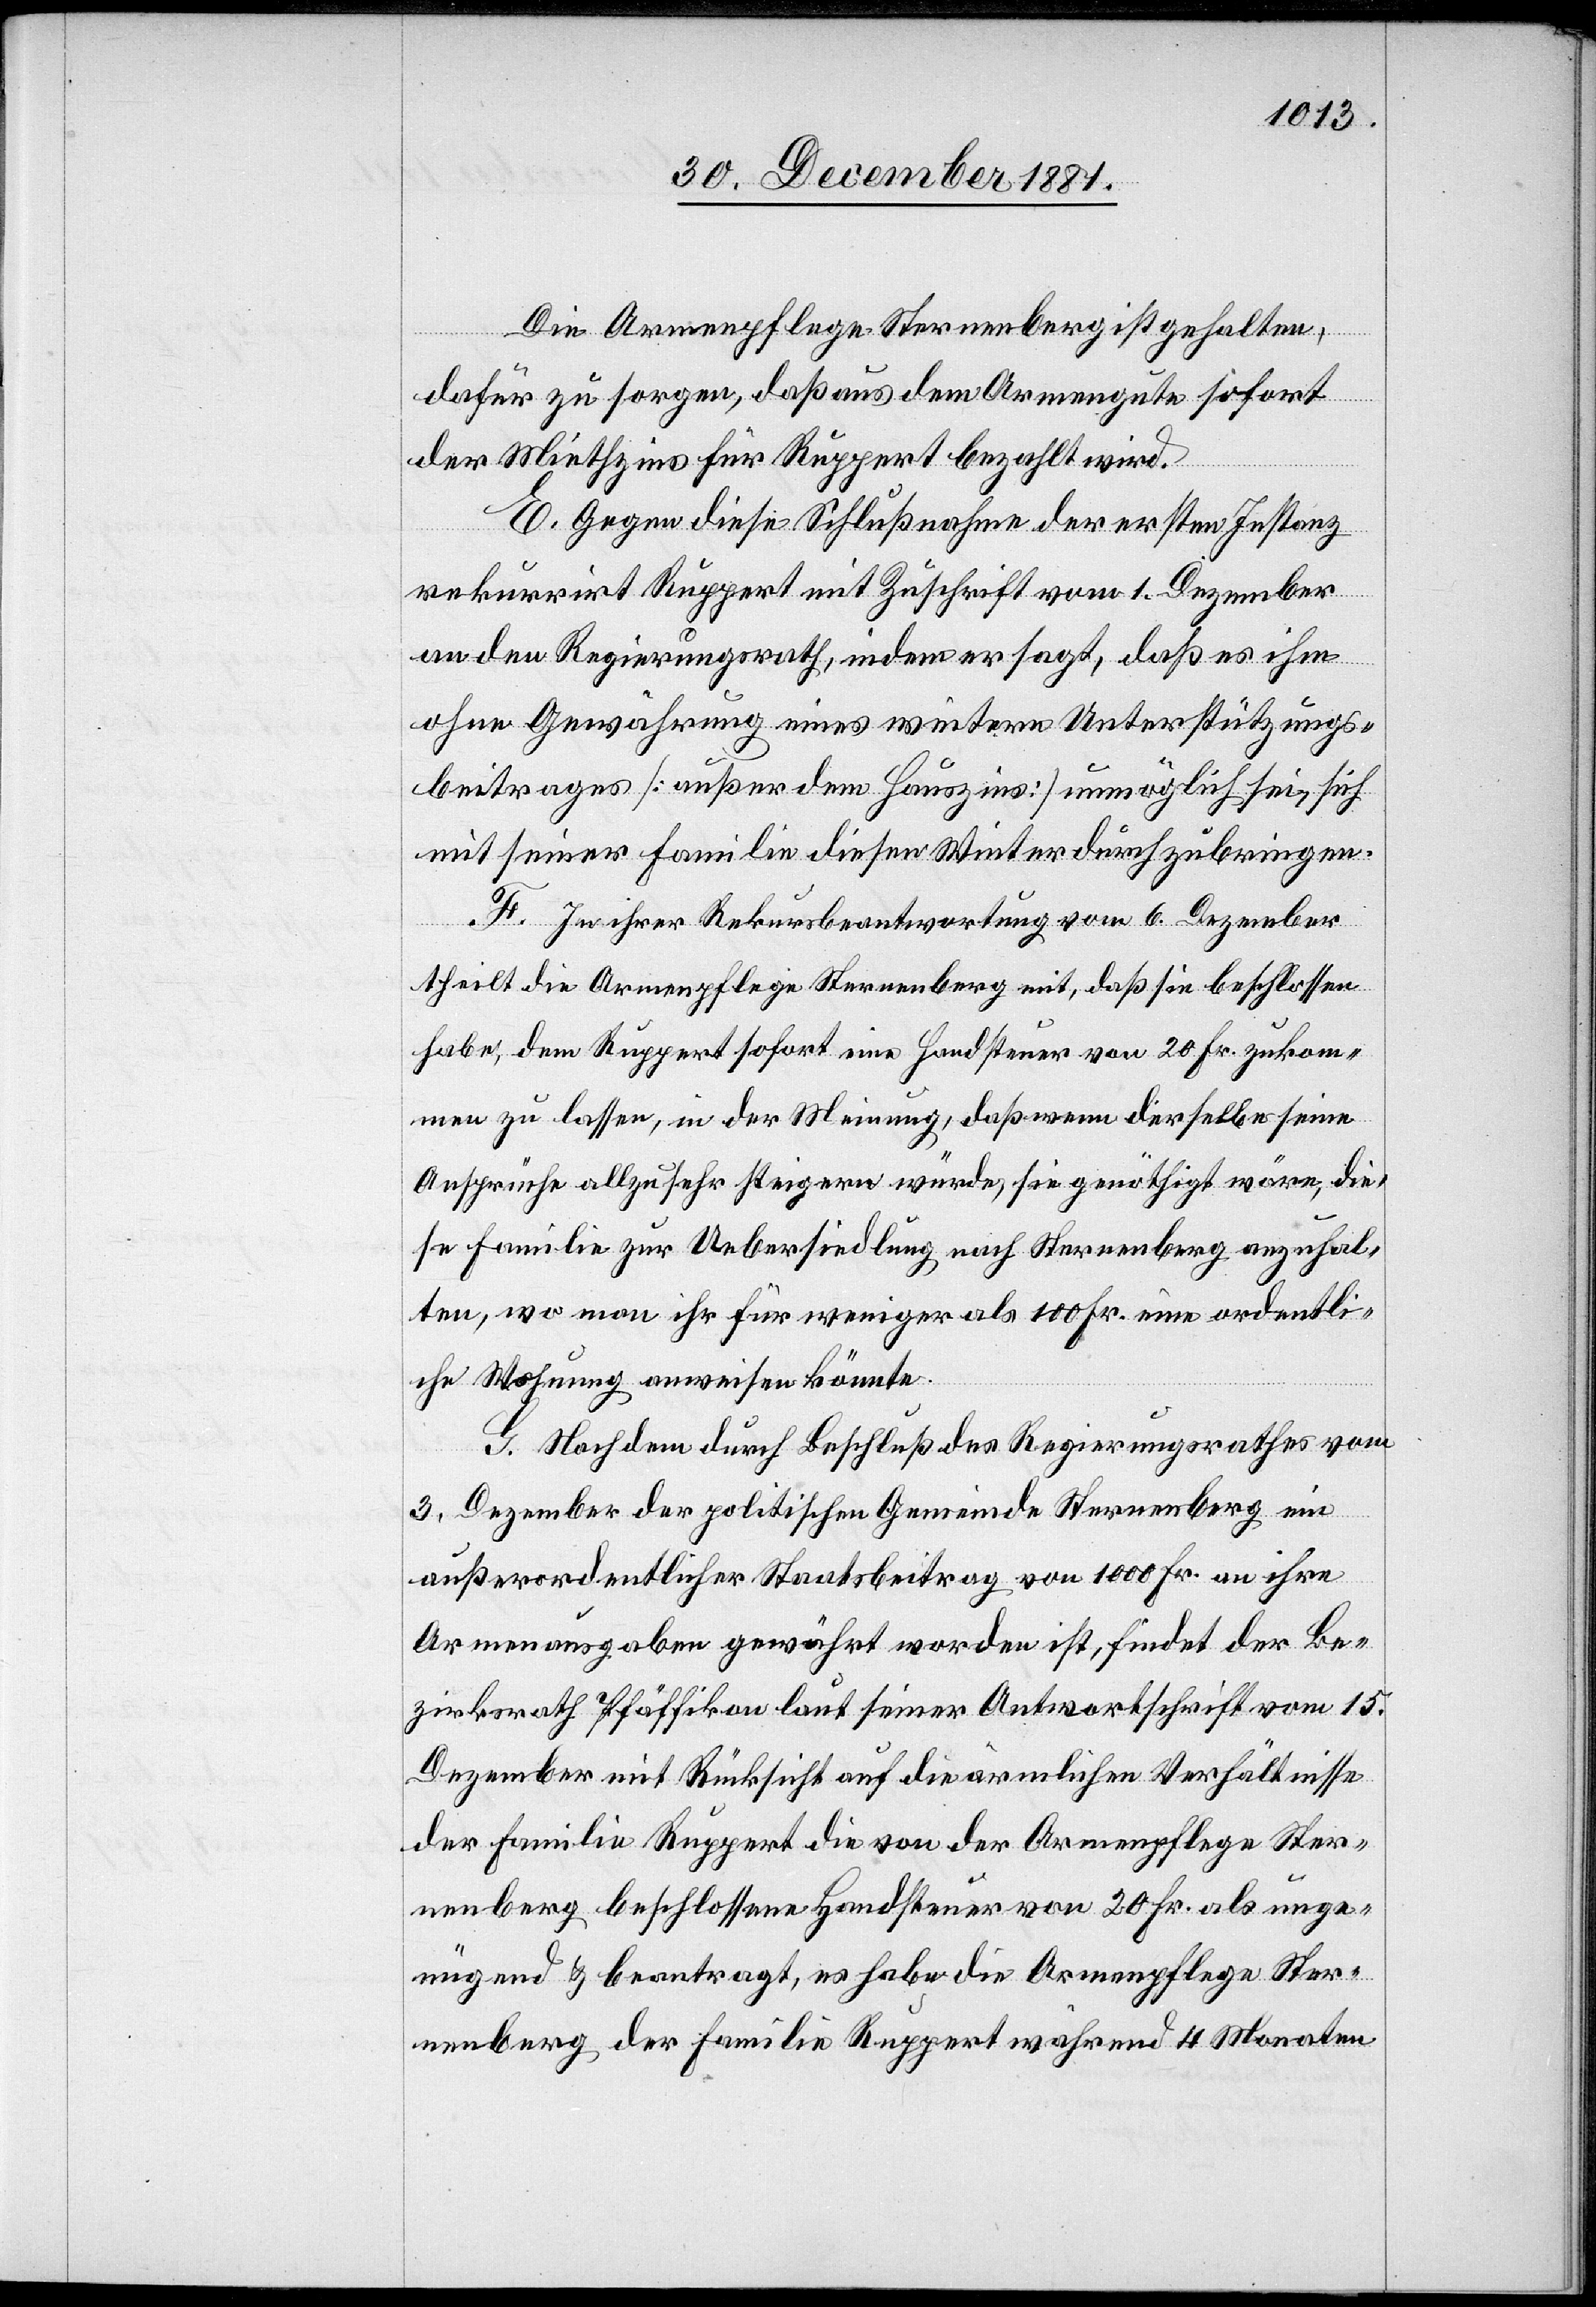
Die Armenpflege Sternenberg ist gehalten,
dafür zu sorgen, daß aus dem Armengute sofort
der Miethzins für Ruppert bezahlt wird.
E. Gegen diese Schlußnahme der ersten Instanz
rekurrirt Ruppert mit Zuschrift vom 1. Dezember
an den Regierungsrath, indem er sagt, daß es ihm
ohne Gewährung eines weitern Unterstützungs¬
beitrages [außer dem Hauszins] unmöglich sei, sich
mit seiner Familie diesen Winter durchzubringen.
F. In ihrer Rekursbeantwortung vom 6. Dezember
theilt die Armenpflege Sternenberg mit, daß sie beschlossen
habe, dem Ruppert sofort eine Handsteuer von 20 Fr. zukom¬
men zu lassen, in der Meinung, daß wenn derselbe seine
Ansprüche allzusehr steigern würde, sie genöthigt wäre, die¬
se Familie zur Uebersiedlung nach Sternenberg anzuhal¬
ten, wo man ihr für weniger als 100 Fr. eine ordentli¬
che Wohnung anweisen könnte.
G. Nachdem durch Beschluß des Regierungsrathes vom
3. Dezember der politischen Gemeinde Sternenberg ein
außerordentlicher Staatsbeitrag von 1000 Fr. an ihre
Armenausgaben gewährt worden ist, findet der Be¬
zirksrath Pfäffikon laut seiner Antwortschrift vom 15.
Dezember mit Rücksicht auf die ärmlichen Verhältnisse
der Familie Ruppert die von der Armenpflege Ster¬
nenberg beschlossene Handsteuer von 20 Fr. als unge¬
nügend & beantragt, es habe die Armenpflege Ster¬
nenberg der Familie Ruppert während 4 Monaten